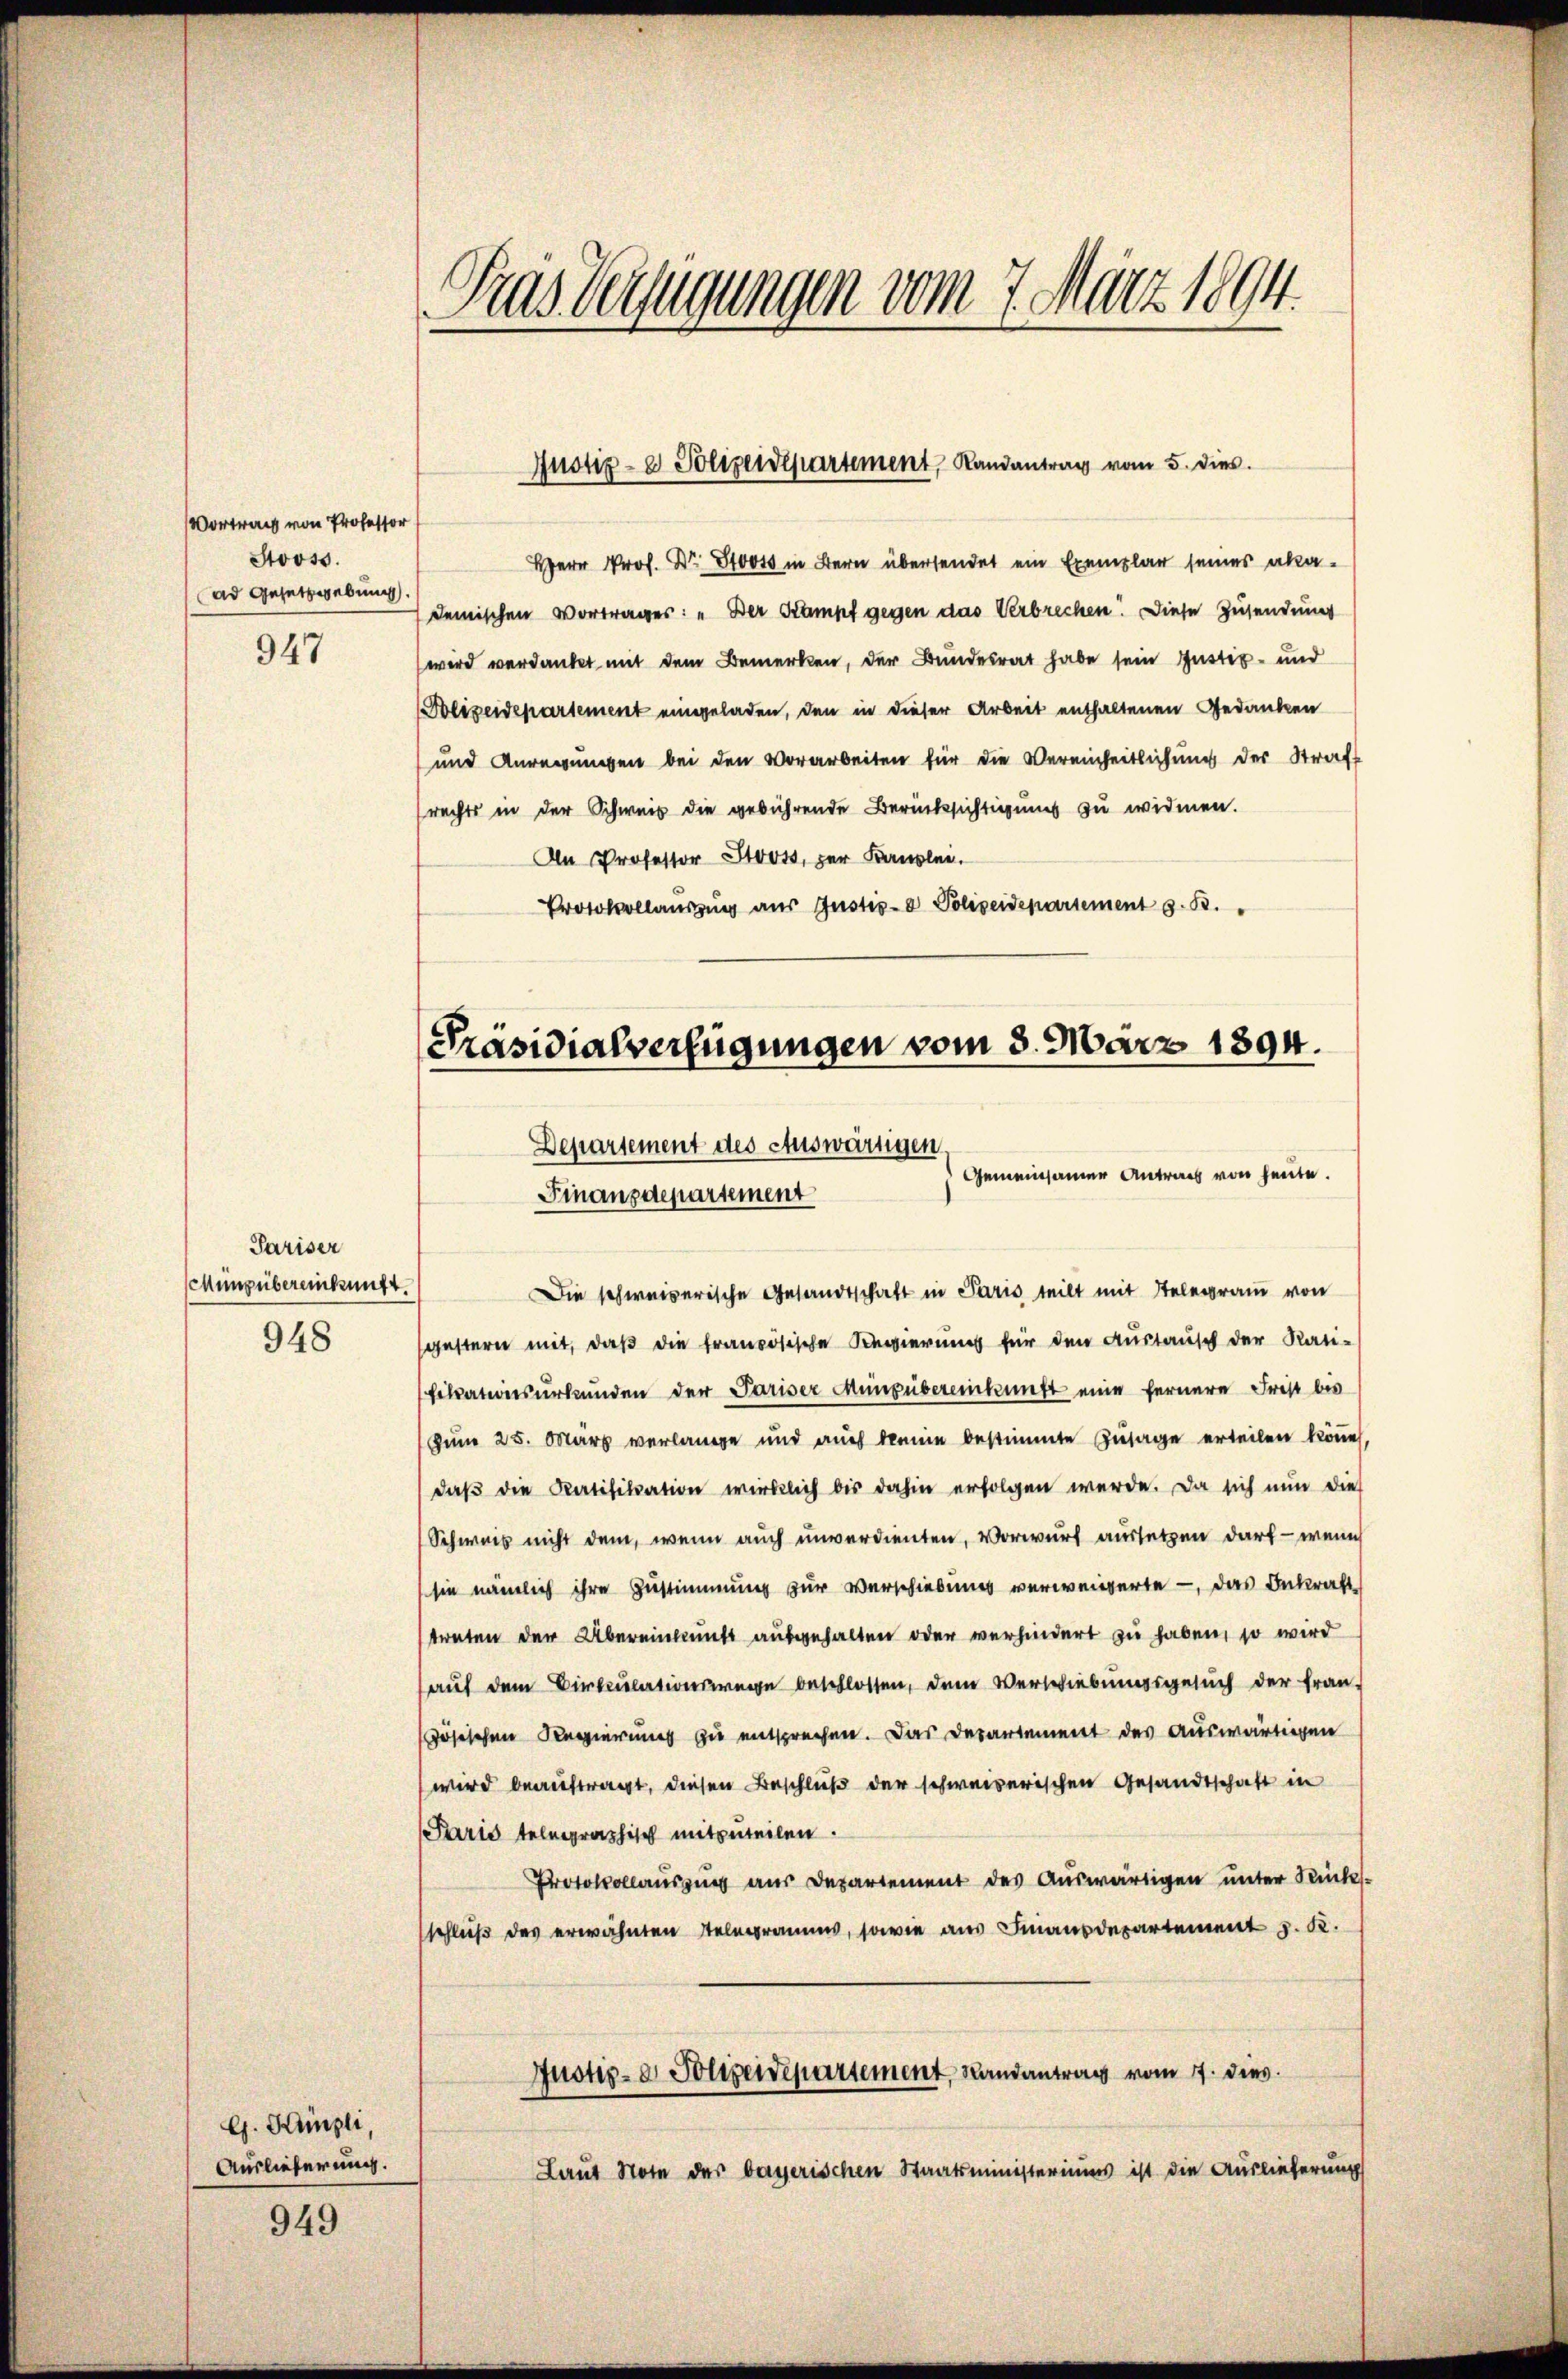
Vortrag von Professor
Stooss.
ad Gesetzgebung
947

Pariser
schung übereinkunft.
948

G. Küngli
Auslieferung.

949

Herr Prof. Dr. 800 in Bern übersendet ein Exemplar seines akademischen Vortrages: „Der Stampf gegen das Verbrechen. Diese Zusendung
wird verdanket mit dem Bemerken, der Bundesrat habe sein Instiz- und
Polizeidepartement eingeladen, den in dieser Arbeit enthaltenen Gedanken
und Anregungen bei den Vorarbeiten für die Vereinheitlichung der Straft
rechts in der Schweis die gebührende Berücksichtigung zu widmen.
An Professor Stooss, zur Kanzlei.
Protokollauszug aus Justiz- & Polizeidepartement z. B.

Tras Verfügungen vom 7. März 1894.

Justiz- & Polizeidepartement, Randantrag vom 5. dies

Präsidialverfügungen vom 3. März 1894.
Departement des Auswärtigen,
Gemeinsamer Antrag von heute.
Finanzdepartement

Die schweizerische Gesandtschaft in Paris teilt mit Telegram von
gestern mit, daß die französische Regierung für den Austausch der Rati-
fikationsurkunden der Pariser Müngübereinkunft eine fernere Frist bis
Zum 25. März verlange und auch keine bestimmte Zusage erteilen könne,
daβ die Ratifikation wirklich bis dahin erfolgen werde. Da sich nun die
Schweis nicht dem, wenn auch unverdienten, Vorwurf aussetzen darf - wenn
sie nämlich ihre Zustimmung zur Verschiedung verweigerte — das Inkraft
treten der Übereinkunft ausgehalten oder verhindert zu haben, so wird
auf dem Circulationswege beschlossen, dem Verschiebungsgesuch der Frau
zösischen Regierung zu entsprechen. Das Departement des auswärtigen
wird beauftragt, diesen Beschluß der schweizerischen Gesandtschaft in
Paris telegraphisch mitzuteilen.
Protokollauszug aus Departement des Auswärtigen unter Rücksschließ des erwähnten Telegramms, sowie aus Finanzdepartement z. K.
Justiz- & Polizeidepartement, Landantrag vom 7. dies
Laut Note der bayerischen Staatsministeriums ist die Auslieferung